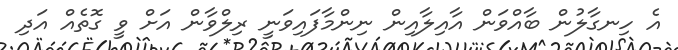
އެ ހިނގާލުން ބާއްވަން އާއިލާއިން ނިންމާފައިވަނީ ރިލްވާން އަށް ވީ ގޮތެއް އަދި